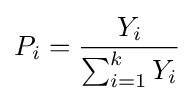
P_{i}={\frac {Y_{i}}{\sum _{i=1}^{k}Y_{i}}}